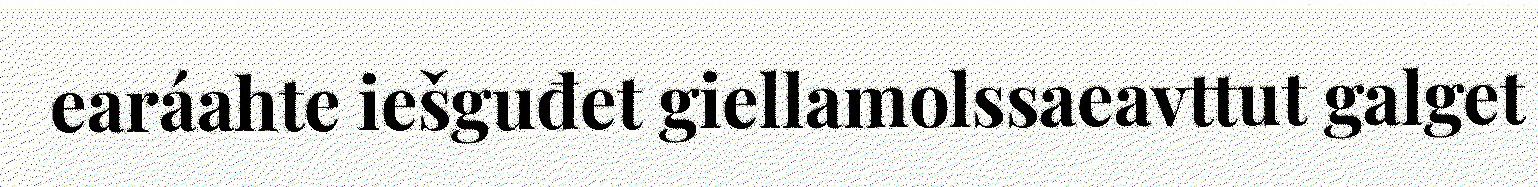
earáahte iešguđet giellamolssaeavttut galget